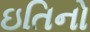
ઇતિનો